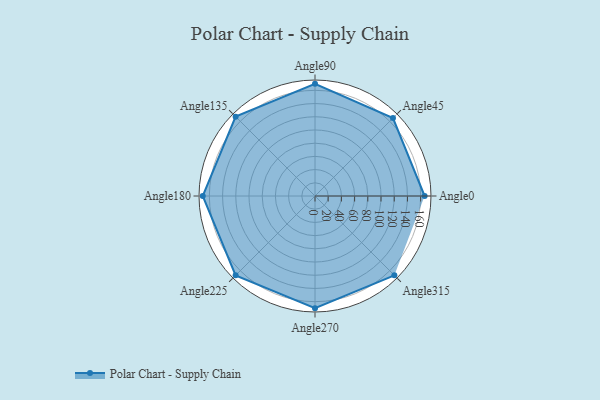
{"axis": {"x": "Angle", "y": "Radius"}, "legend": [""], "data": [{"x": "Angle0", "y": 166.0, "type": ""}, {"x": "Angle45", "y": 167.0, "type": ""}, {"x": "Angle90", "y": 170, "type": ""}, {"x": "Angle135", "y": 170, "type": ""}, {"x": "Angle180", "y": 170, "type": ""}, {"x": "Angle225", "y": 170, "type": ""}, {"x": "Angle270", "y": 170, "type": ""}, {"x": "Angle315", "y": 170, "type": ""}]}